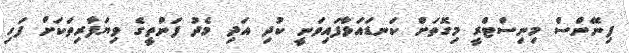
ފިނޭންސް މިނިސްޓްރީ މިގޮތަށް ކަނޑައަޅާފައިވަނީ ކުދި އަދި މެދު ފަންތީގެ ވިޔަފާރިތަކަށް ފަހި